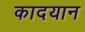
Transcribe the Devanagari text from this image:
कादयान